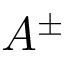
A ^ { \pm }